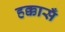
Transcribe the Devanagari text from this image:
हक्कासँ